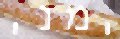
ימני